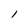
Character: l